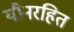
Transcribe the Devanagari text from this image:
यौनरहित